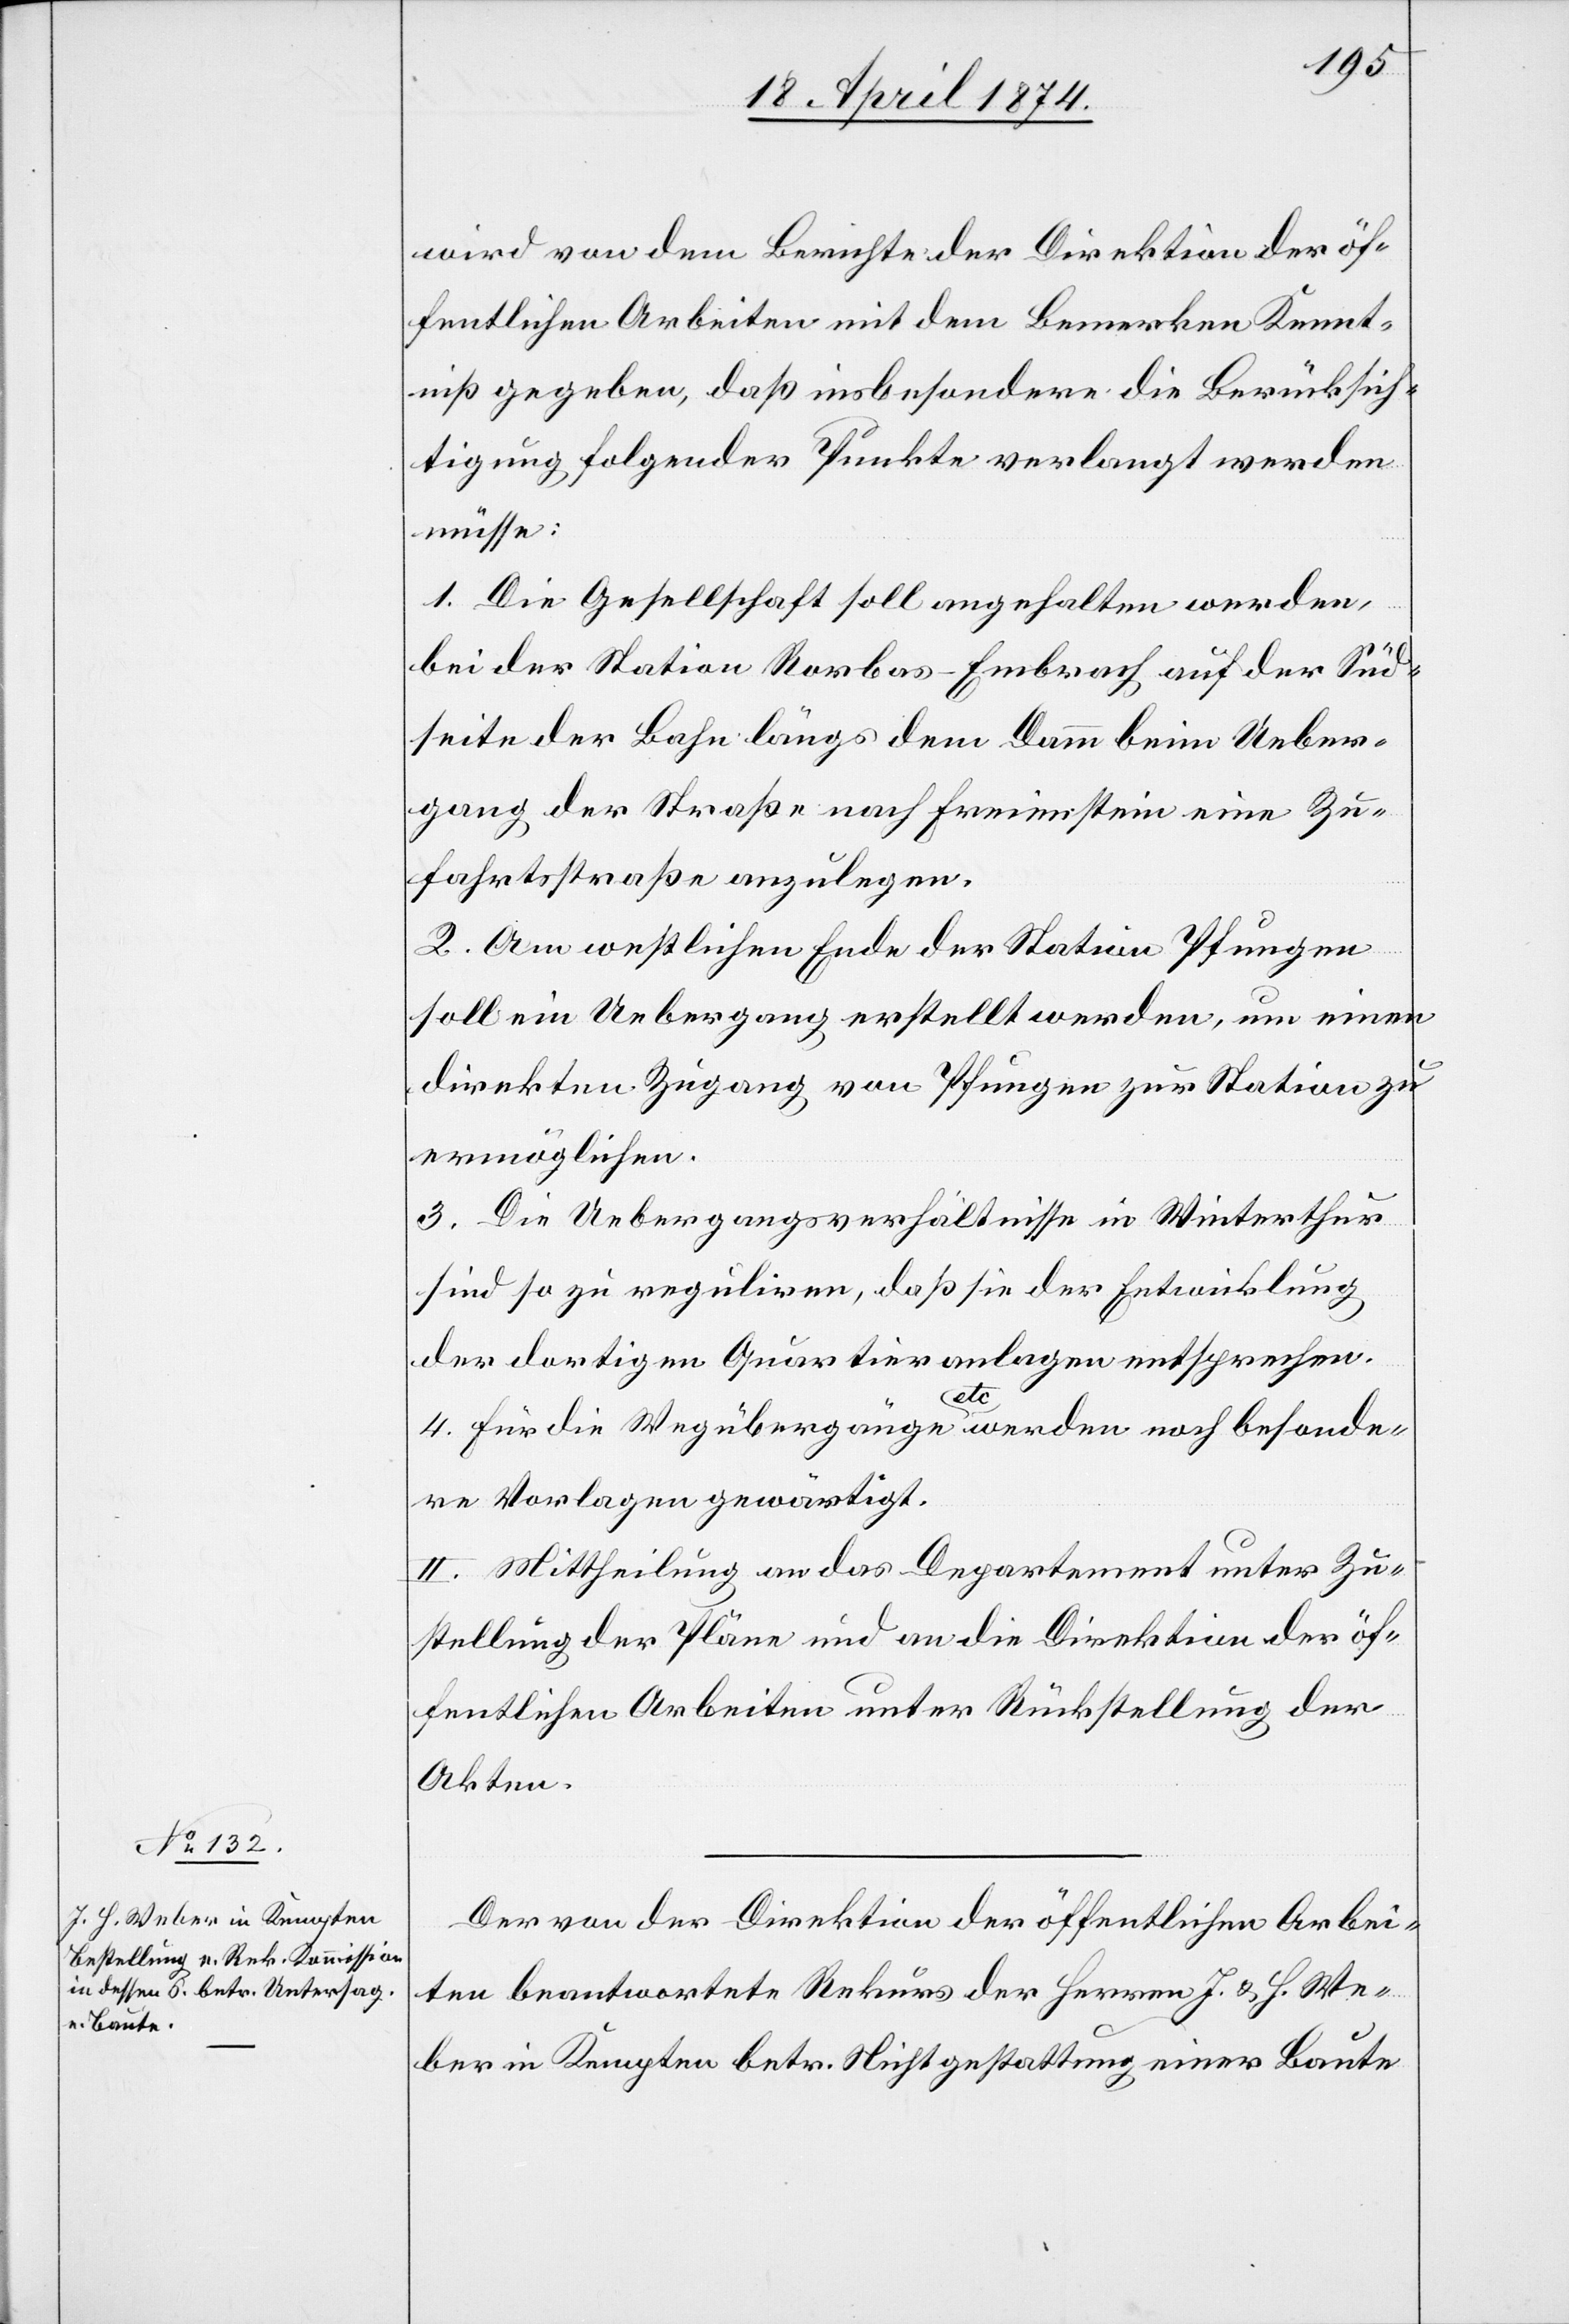
wird von dem Berichte der Direktion der öf¬
fentlichen Arbeiten mit dem Bemerken Kennt¬
niß gegeben, daß insbesondere die Berücksich¬
tigung folgender Punkte verlangt werden
müsse:
1. Die Gesellschaft soll angehalten werden,
bei der Station Rorbas-Embrach auf der Süd¬
seite der Bahn längs dem Damm beim Ueber¬
gang der Straße nach Freienstein eine Zu¬
fahrtsstraße anzulegen.
2. Am westlichen Ende der Station Pfungen
soll ein Uebergang erstellt werden, um einen
direkten Zugang von Pfungen zur Station zu
ermöglichen.
3. Die Uebergangsverhältnisse in Winterthur
sind so zu reguliren, daß sie der Entwicklung
der dortigen Quartieranlagen entsprechen.
4. Für die Wegübergänge etc. werden noch besonde¬
re Vorlagen gewärtigt.
II. Mittheilung an das Departement unter Zu¬
stellung der Pläne und an die Direktion der öf¬
fentlichen Arbeiten unter Rückstellung der
Akten.
Der von der Direktion der öffentlichen Arbei¬
ten beantwortete Rekurs der Herren J. u. H. We¬
ber in Kempten betr. Nichtgestattung einer Baute